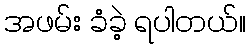
အဖမ်း ခံခဲ့ ရပါတယ်။